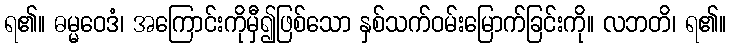
ရ၏။ ဓမ္မဝေဒံ၊ အကြောင်းကိုမှီ၍ဖြစ်သော နှစ်သက်ဝမ်းမြောက်ခြင်းကို။ လဘတိ၊ ရ၏။